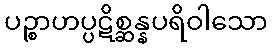
ပဉ္စာဟပ္ပဋိစ္ဆန္နပရိဝါသော